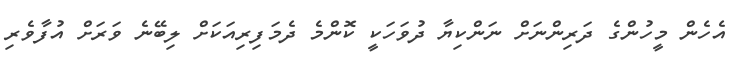
އެހެން މީހުންގެ ދަރިންނަށް ނަންކިޔާ ދުވަހަކީ ކޮންމެ ދެމަފިރިއަކަށް ލިބޭނެ ވަރަށް އުފާވެރި